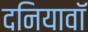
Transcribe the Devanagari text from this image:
दनियावॉ